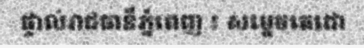
ផ្ទាល់រាជធានីភ្នំពេញ ៖ សម្តេចតេជោ